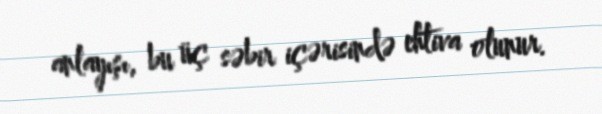
anlayışı, bu üç səbir içərisində ehtiva olunur.